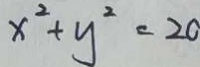
x ^ { 2 } + y ^ { 2 } = 2 0